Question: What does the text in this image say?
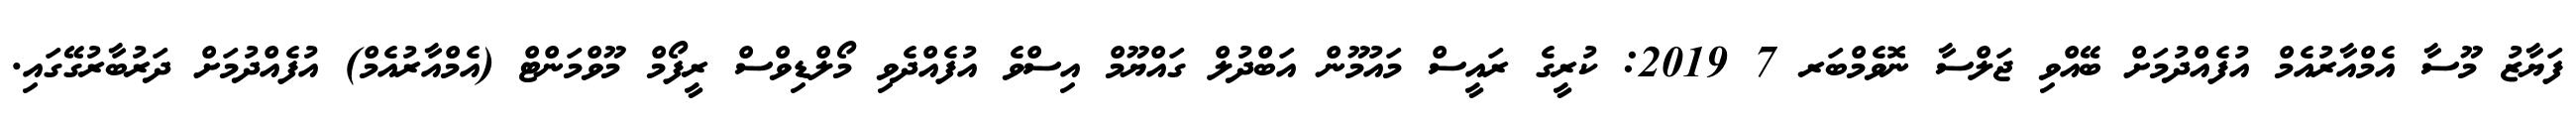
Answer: ފަޔާޒު މޫސާ އެމްއާރުއެމް އުފެއްދުމަށް ބޭއްވި ޖަލްސާ ނޮވެމްބަރ 7 2019: ކުރީގެ ރައީސް މައުމޫން އަބްދުލް ގައްޔޫމް އިސްވެ އުފެއްދެވި މޯލްޑިވްސް ރީފޯމް މޫވްމަންޓް (އެމްއާރުއެމް) އުފެއްދުމަށް ދަރުބާރުގޭގައި.